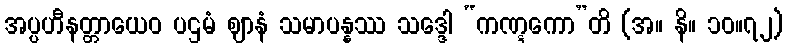
အပ္ပဟီနတ္တာယေဝ ပဌမံ ဈာနံ သမာပန္နဿ သဒ္ဒေါ “ကဏ္ဋကော”တိ (အ။ နိ။ ၁၀။၇၂)